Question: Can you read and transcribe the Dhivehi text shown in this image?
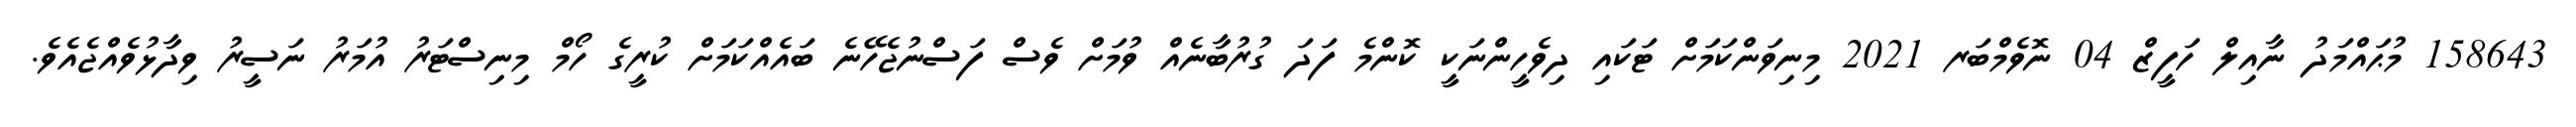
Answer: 158643 މުޙައްމަދު ނާއިލް ހަފީޒް 04 ނޮވެމްބަރ 2021 މިނިވަންކަމަށް ޓަކައި ދިވެހީންނަކީ ކޮންމެ ފަދަ ގުރުބާނެއް ވުމަށް ވެސް ފަސްނުޖެހޭނެ ބައެއްކަމަށް ކުރީގެ ހޯމް މިނިސްޓަރު އުމަރު ނަސީރު ވިދާޅުވެއްޖެއެވެ.